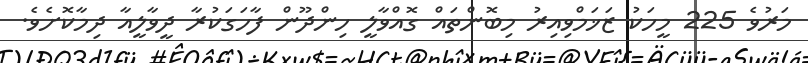
މަރުވެ 225 މީހަކު ޒަޚަމްވިއިރު މިބޮންތައް ގޮއްވާލީ ހިންދޫން ފާހަގަކުރާ ދީވާލީއާ ދިމާކޮށެވެ.